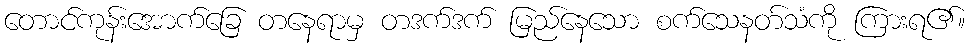
တောင်ကုန်းအောက်ခြေ တနေရာမှ တဒက်ဒက် မြည်နေသော စက်သေနတ်သံကို ကြားရ၏။